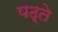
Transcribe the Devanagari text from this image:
पढ़्ते